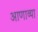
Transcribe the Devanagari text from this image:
आणाव्या